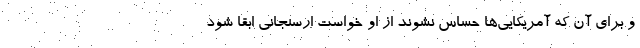
و برای آن که آمریکایی‌ها حساس نشوند از او خواست ارسنجانی ابقا شود